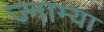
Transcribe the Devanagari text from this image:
ज्नाम्या